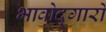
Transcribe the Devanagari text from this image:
भावोद्गारों